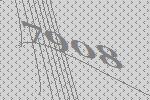
7908